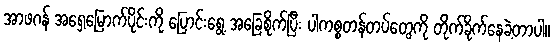
အာဖဂန် အရှေ့မြောက်ပိုင်းကို ပြောင်းရွေ့ အခြေစိုက်ပြီး ပါကစ္စတန်တပ်တွေကို တိုက်ခိုက်နေခဲ့တာပါ။